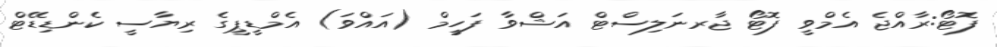
ފޮޓޯ:ރާއްޖެ އެމްވީ ފޮޓޯ ޖާރނަލިސްޓް އަޝްވާ ފަހީމް (އައްވަ) އެމްޑީޕީގެ ރިޔާސީ ކެންޑިޑޭޓް